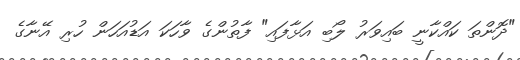
"ދޮންތަ ކައްކާނީ ބައިވަރު ލޯބި އަޅާފައި" ފާތުންގެ ވާހަކަ އަޑުއަހަން ހުރި އޭނާގެ